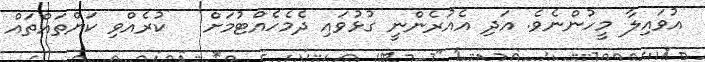
އުވައިލާ މީހުންނެވެ. އަދި އެއުރެންނީ ގުޅުވައި ދެމެހެއްޓުމަށް   ކުރެއްވި ކަންތައްތައް